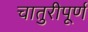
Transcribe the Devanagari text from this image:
चातुरीपूर्ण